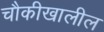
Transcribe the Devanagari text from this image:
चौकीखालील